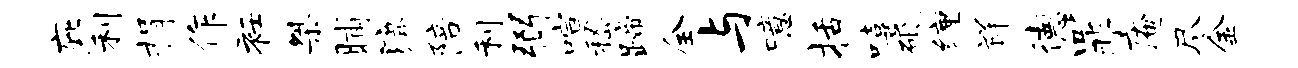
庇利捐作衽桀晡漉陪利弼喧嵇蹄全与噫括嘻砥缠祥德罪庵尽金